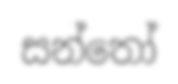
සන්තෝ